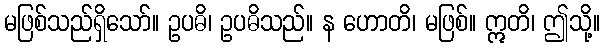
မဖြစ်သည်ရှိသော်။ ဥပဓိ၊ ဥပဓိသည်။ န ဟောတိ၊ မဖြစ်။ ဣတိ၊ ဤသို့။